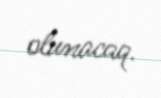
olunacaq.